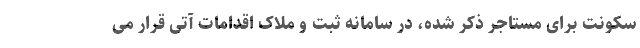
سکونت برای مستاجر ذکر شده، در سامانه ثبت و ملاک اقدامات آتی قرار می